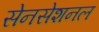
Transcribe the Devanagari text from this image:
सेनसेशनल